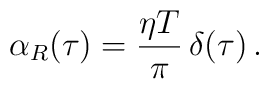
\alpha _{R}(\tau ) = \frac{\eta T}{\pi }\,\delta (\tau ) \,.